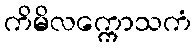
ကိမိလက္ကောသကံ